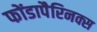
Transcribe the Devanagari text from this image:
फोंडापैरिनक्स